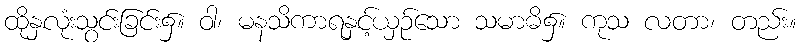
ထိုနှလုံးသွင်းခြင်း၌။ ဝါ၊ မနသိကာရနှင့်ယှဉ်သော သမာဓိ၌။ ကုသ လတာ၊ တည်း။